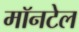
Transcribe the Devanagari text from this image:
मॉनटेल